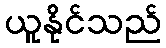
ယူနိုင်သည်